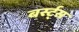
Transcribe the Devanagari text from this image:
बर्स्ट्स